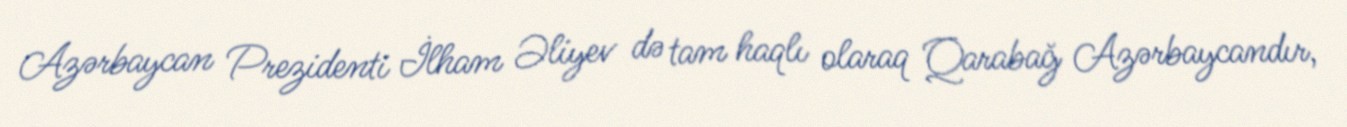
Azərbaycan Prezidenti İlham Əliyev də tam haqlı olaraq Qarabağ Azərbaycandır,